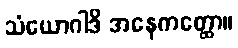
သံယောဂါဒိ အနေကတ္ထော။